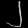
Digit: ၂